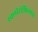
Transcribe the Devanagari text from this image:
स्क्लीरोफिल्लस